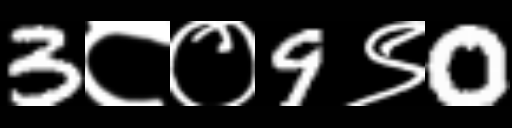
Text: 3८०9९0